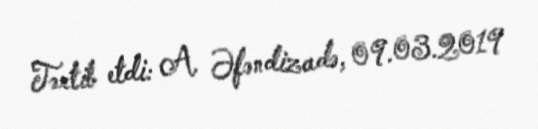
Tərtib etdi: A. Əfəndizadə, 09.03.2019